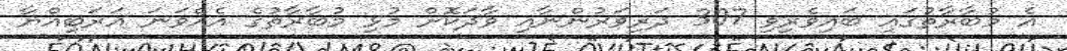
އެ މުބާރާތުގައި ބައިވެރިވި 307 ދަރިވަރުންނާއި ވާދަކޮށް މުޅި މުބާރާތުގެ އެއްވަނަ އަރަބިއްޔާ